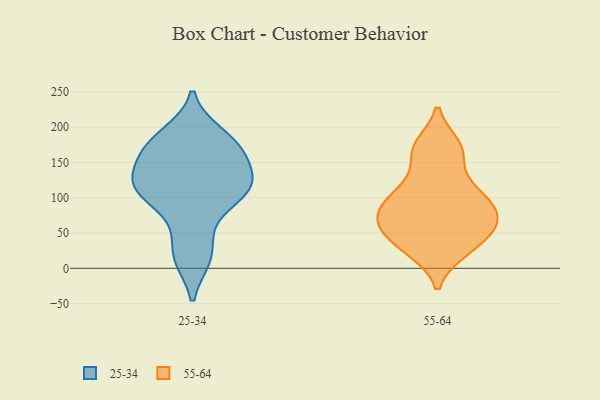
{"axis": {"x": "Inventory Turnover", "y": "Value"}, "legend": ["25-34", "55-64"], "data": [{"x": "", "y": 154, "type": "25-34"}, {"x": "", "y": 191, "type": "25-34"}, {"x": "", "y": 116, "type": "25-34"}, {"x": "", "y": 113, "type": "25-34"}, {"x": "", "y": 107, "type": "25-34"}, {"x": "", "y": 120, "type": "25-34"}, {"x": "", "y": 52, "type": "25-34"}, {"x": "", "y": 170, "type": "25-34"}, {"x": "", "y": 188, "type": "25-34"}, {"x": "", "y": 14, "type": "25-34"}, {"x": "", "y": 159, "type": "25-34"}, {"x": "", "y": 88, "type": "25-34"}, {"x": "", "y": 116, "type": "25-34"}, {"x": "", "y": 14, "type": "25-34"}, {"x": "", "y": 168, "type": "25-34"}, {"x": "", "y": 126, "type": "25-34"}, {"x": "", "y": 173, "type": "55-64"}, {"x": "", "y": 69, "type": "55-64"}, {"x": "", "y": 35, "type": "55-64"}, {"x": "", "y": 113, "type": "55-64"}, {"x": "", "y": 163, "type": "55-64"}, {"x": "", "y": 68, "type": "55-64"}, {"x": "", "y": 25, "type": "55-64"}, {"x": "", "y": 87, "type": "55-64"}, {"x": "", "y": 103, "type": "55-64"}, {"x": "", "y": 58, "type": "55-64"}]}